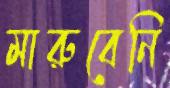
মারুবেনি